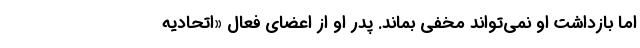
اما بازداشت او نمی‌تواند مخفی بماند. پدر او از اعضای فعال «اتحادیه